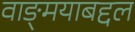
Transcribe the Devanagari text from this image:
वाङ्‌मयाबद्दल